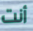
أنت